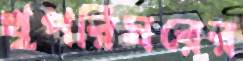
খুপরিঘরের